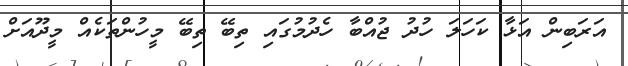
އަރަބިން އަޅާ ކަހަލަ ހުދު ޖުއްބާ ހެދުމުގައި ތިބޭ ތިބޭ މީހުންތަކެއް މީދޫއަށް